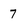
Character: 7